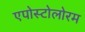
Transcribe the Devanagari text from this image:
एपोस्टोलोरम